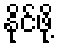
နိုင်ဖို့